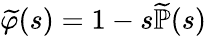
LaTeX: {\widetilde{\varphi}}(s)=1-s{\widetilde{\mathbb{P}}}(s)